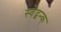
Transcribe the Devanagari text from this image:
स्वेद्बन्क्